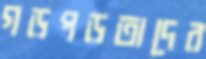
গড়পড়তাদের